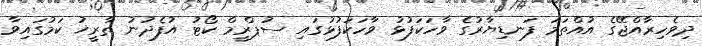
ދިވެހިރާއްޖޭގެ އުއްތަމަ ފަނޑިޔާރުގެ ވާހަކަފުޅު ވާހަކަފުޅުގައި ސުޕްރީމް ކޯޓު އުފެދުނު ތާރީޚު ކަމުގައިވާ